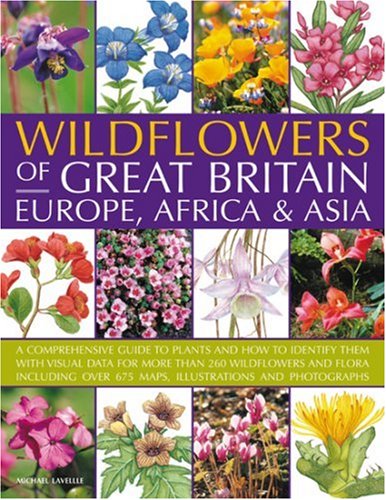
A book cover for Wildflowers of Great Britain, Europe, Africa & Asia: A comprehensive encyclopedia and guide to the plant diversity of these continents, with ... than 675 maps, illustrations and photographs; Michael Lavelle; Crafts, Hobbies & Home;